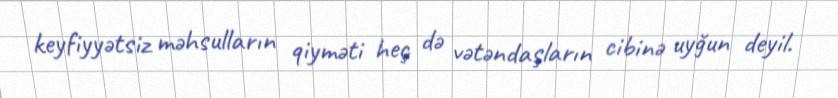
keyfiyyətsiz məhsulların qiyməti heç də vətəndaşların cibinə uyğun deyil.